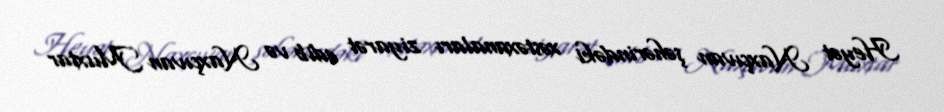
Heyət Naxçıvan şəhərindəki xəstəxanaları ziyarət edib və Naxçıvan Muxtar